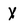
Character: X